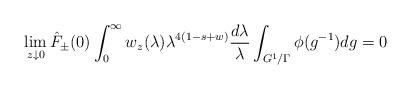
LaTeX: \begin{align*}\lim_{z \downarrow 0}\hat{F}_{\pm}(0)\int_0^\infty w_z(\lambda)\lambda^{4(1-s+w)} \frac{d\lambda}{\lambda} \int_{G^1/\Gamma} \phi(g^{-1}) dg = 0\end{align*}